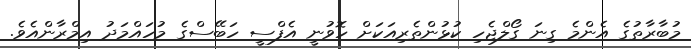
މުބާރާތުގެ އެންމެ ގިނަ ގޯލްޖެހި ކުޅުންތެރިއަކަށް ހޮވުނީ އެފްސީ ހަބޭސްގެ މުހައްމަދު އިމްރާންއެވެ.